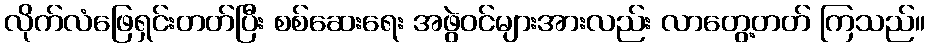
လိုက်လံဖြေရှင်းတတ်ပြီး စစ်ဆေးရေး အဖွဲဝင်များအားလည်း လာတွေ့တတ် ကြသည်။